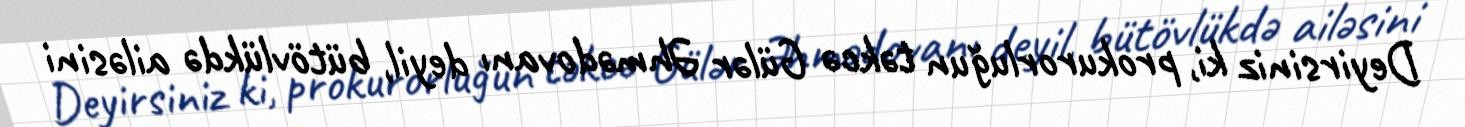
Deyirsiniz ki, prokurorluğun təkcə Gülər Əhmədovanı deyil, bütövlükdə ailəsini